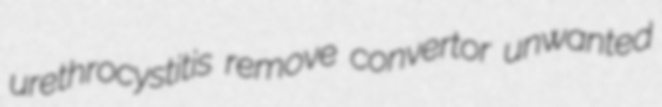
urethrocystitis remove convertor unwanted